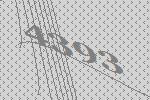
4393